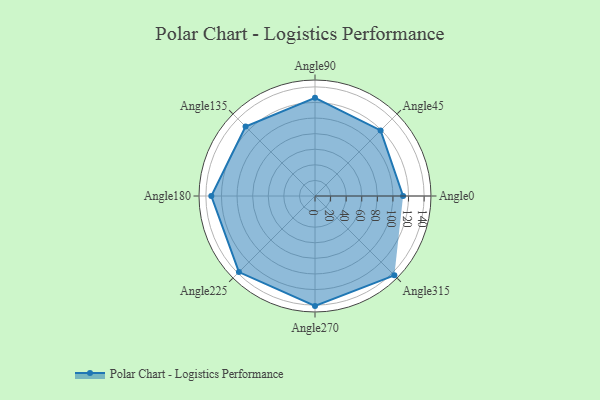
{"axis": {"x": "Angle", "y": "Radius"}, "legend": [""], "data": [{"x": "Angle0", "y": 113.0, "type": ""}, {"x": "Angle45", "y": 119.0, "type": ""}, {"x": "Angle90", "y": 126.0, "type": ""}, {"x": "Angle135", "y": 126.0, "type": ""}, {"x": "Angle180", "y": 133.0, "type": ""}, {"x": "Angle225", "y": 138.0, "type": ""}, {"x": "Angle270", "y": 141.0, "type": ""}, {"x": "Angle315", "y": 144.0, "type": ""}]}